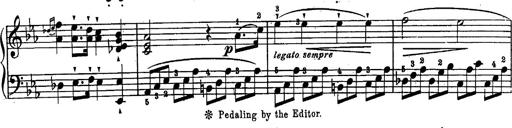
Title: Schubert's Impromptus [revised and edited by Franz Liszt]
Composer: Franz Liszt